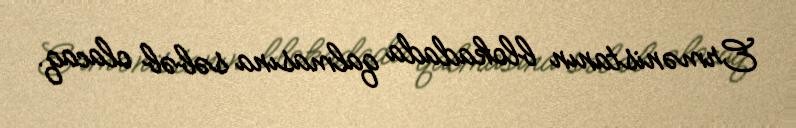
Ermənistanın blokadada qalmasına səbəb olacaq.